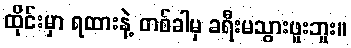
ထိုင်းမှာ ရထားနဲ့ တစ်ခါမှ ခရီးမသွားဖူးဘူး။